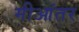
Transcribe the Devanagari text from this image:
मीआंतर